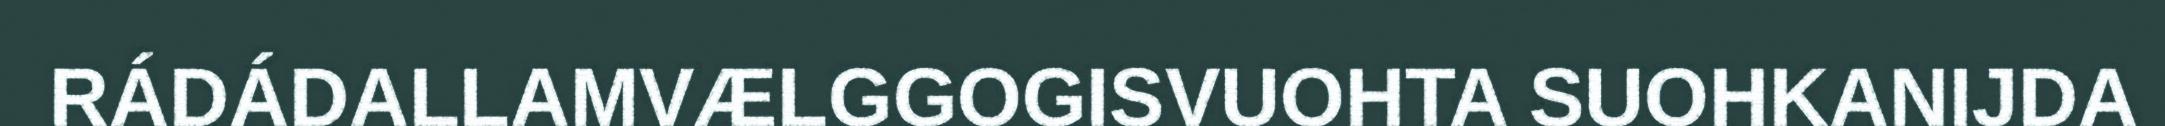
RÁDÁDALLAMVÆLGGOGISVUOHTA SUOHKANIJDA